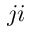
j i